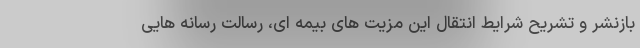
بازنشر و تشریح شرایط انتقال این مزیت های بیمه ای، رسالت رسانه هایی